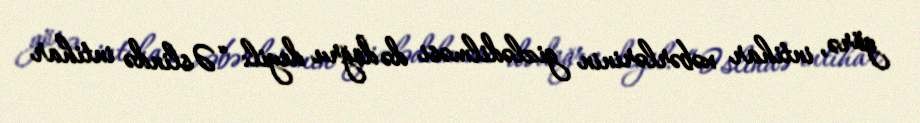
görə, intihar xəbərlərinin gizlədilməsi də doğru deyil: “Əslində intihar